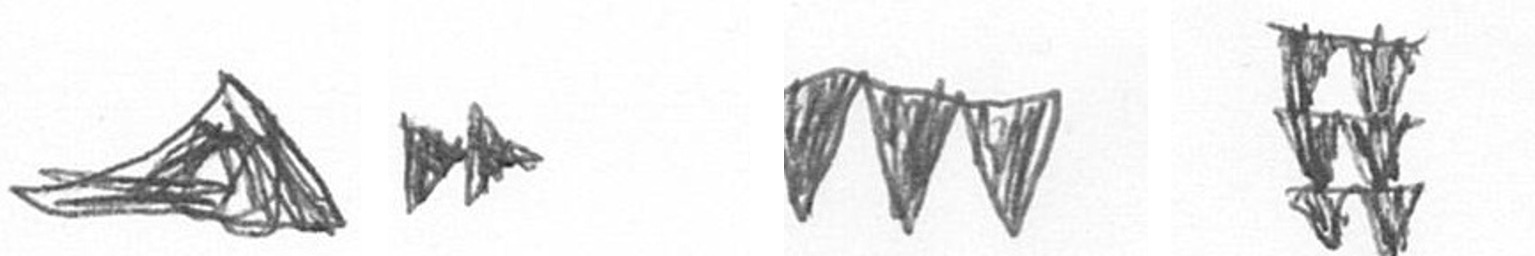
O A L Y